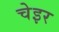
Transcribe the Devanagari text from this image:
चेइर